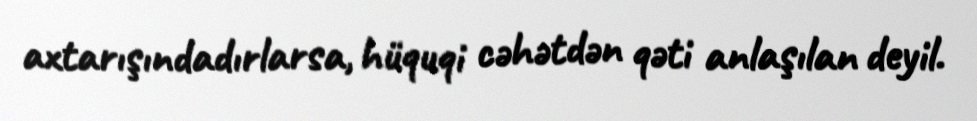
axtarışındadırlarsa, hüquqi cəhətdən qəti anlaşılan deyil.